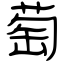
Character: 萄